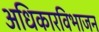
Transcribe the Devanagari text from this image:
अधिकारविभाजन